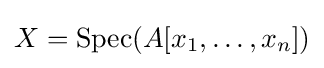
X=\operatorname {Spec} (A[x_{1},\ldots ,x_{n}])